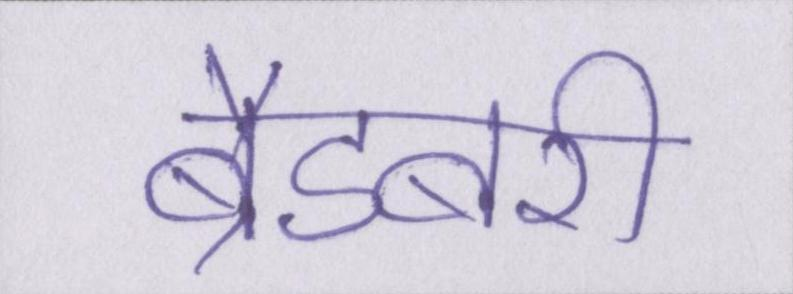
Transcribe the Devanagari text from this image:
ब्रैडबरी